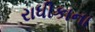
રાધીકાના